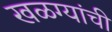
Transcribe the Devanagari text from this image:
खळग्यांची